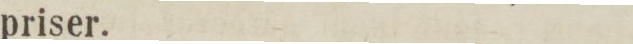
priser.